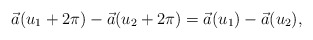
\begin{align*}\vec a(u_1+2\pi)-\vec a(u_2+2\pi)= \vec a(u_1)-\vec a(u_2),\end{align*}